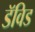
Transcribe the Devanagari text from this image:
डॅविड